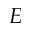
E